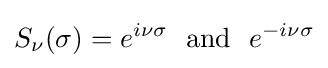
S_{\nu }(\sigma )=e^{i\nu \sigma }\,\,\,\,\mathrm {and} \,\,\,\,e^{-i\nu \sigma }